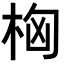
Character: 𣑤